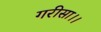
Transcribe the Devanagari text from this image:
गरीसा।।